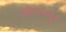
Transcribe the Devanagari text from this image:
सोरानपूर